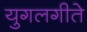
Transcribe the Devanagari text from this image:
युगलगीते